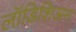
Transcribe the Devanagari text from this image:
लॉडिशिअन